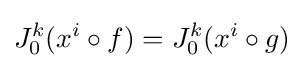
J_{0}^{k}(x^{i}\circ f)=J_{0}^{k}(x^{i}\circ g)